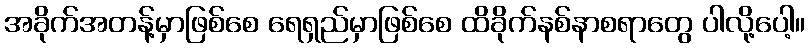
အခိုက်အတန့်မှာဖြစ်စေ ရေရှည်မှာဖြစ်စေ ထိခိုက်နစ်နာစရာတွေ ပါလို့ပေါ့။